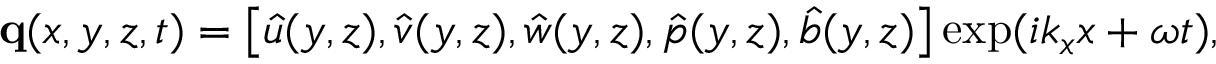
\mathbf { q } ( x , y , z , t ) = \left[ \hat { u } ( y , z ) , \hat { v } ( y , z ) , \hat { w } ( y , z ) , \hat { p } ( y , z ) , \hat { b } ( y , z ) \right] \exp ( { i k _ { x } x + \omega t } ) ,